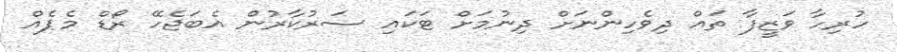
ހުރިހާ ވަޒީފާ ތައް ދިވެހިންނަށް ދިނުމަށް ޓަކައި ސަރުކާރުން އެބަޖެހޭ ރޯޑް މެޕެއް